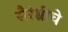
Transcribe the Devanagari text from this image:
सैरंध्रीचे